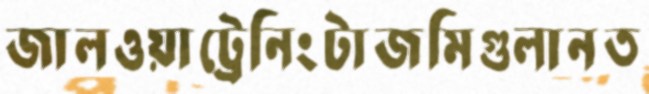
জালওয়াট্রেনিংটাজমিগুলানত